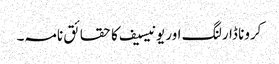
کرونا ڈارلنگ اور یونیسیف کا حقائق نامہ۔